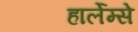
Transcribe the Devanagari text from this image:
हार्लेम्से